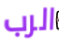
الرب